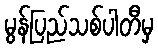
မွန်ပြည်သစ်ပါတီမှ